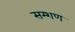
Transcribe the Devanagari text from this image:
सम्शण